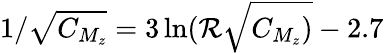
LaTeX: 1/\sqrt{C_{M_{z}}}=3\ln(\mathcal{R}\sqrt{C_{M_{z}})}-2.7